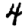
Digit: 4